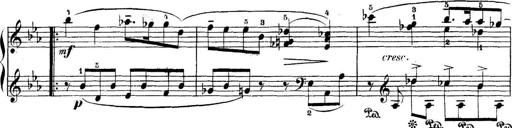
Title: 5 Sonatinas
Composer: Theodor Kirchner